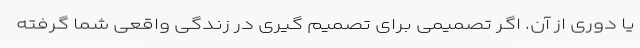
یا دوری از آن. اگر تصمیمی برای تصمیم گیری در زندگی واقعی شما گرفته